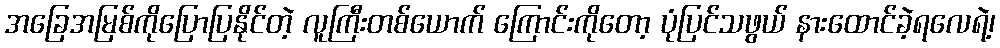
အခြေအမြစ်ကိုပြောပြနိုင်တဲ့ လူကြီးတစ်ယောက် ကြောင်းကိုတော့ ပုံပြင်သဖွယ် နားထောင်ခဲ့ရလေရဲ့၊